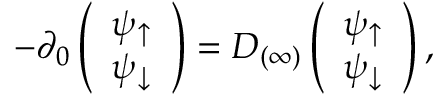
- \partial _ { 0 } \left( \begin{array} { c } { { \psi _ { \uparrow } } } \\ { { \psi _ { \downarrow } } } \end{array} \right) = D _ { ( \infty ) } \left( \begin{array} { c } { { \psi _ { \uparrow } } } \\ { { \psi _ { \downarrow } } } \end{array} \right) ,